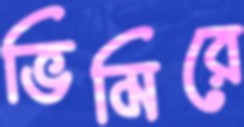
ভিমিরে